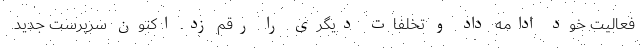
فعالیت خود ادامه داد و تخلفات دیگری را رقم زد. اکنون سرپرست جدید